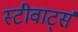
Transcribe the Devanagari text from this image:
स्टीवार्ट्स